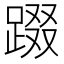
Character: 䟾